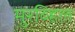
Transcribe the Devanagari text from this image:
मुरव्हिल